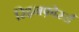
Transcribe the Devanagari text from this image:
रिइनफ़ोर्स्ड